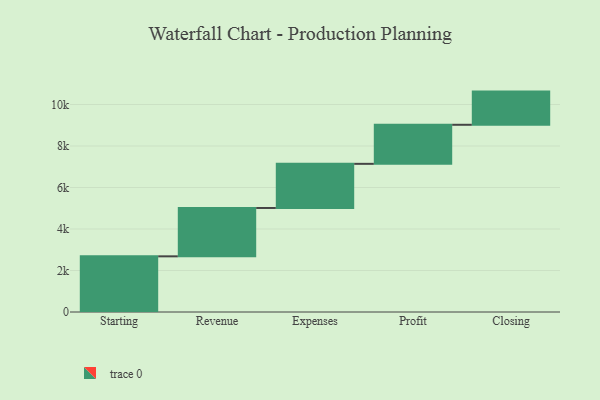
{"axis": {"x": "Step", "y": "Value"}, "legend": [""], "data": [{"x": "Starting", "y": 2682.0, "type": ""}, {"x": "Revenue", "y": 2331.0, "type": ""}, {"x": "Expenses", "y": 2127.0, "type": ""}, {"x": "Profit", "y": 1882.0, "type": ""}, {"x": "Closing", "y": 1599.0, "type": ""}]}